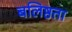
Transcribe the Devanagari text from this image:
बलिष्ठता